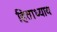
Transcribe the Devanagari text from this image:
हिताध्याय